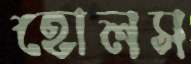
হোলস